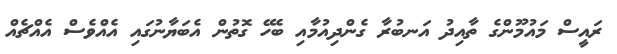
ރައީސް މައުމޫންގެ ތާއިދު އަނބުރާ ގެންދިއުމާއި ބެހޭ ގޮތުން އެބަޔާނުގައި އެއްވެސް އެއްޗެއް